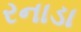
રનાડા